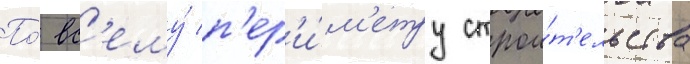
По́ вс'ему́ п'ер'и́м'етру строи́т'ельства